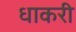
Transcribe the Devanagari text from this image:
धाकरी